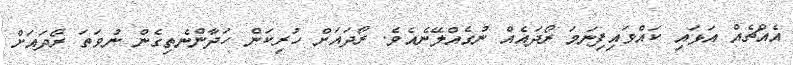
އެއްޗެއް އަޅައި ކައްވައިފިނަމަ ރޯދައެއް ނުގެއްލޭނެއެވެ. ރޯދައަށް ހުރިކަން ހަދާންނެތިގެން ނުވަތަ ރޯދައަށް